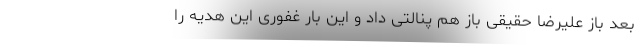
بعد باز علیرضا حقیقی باز هم پنالتی داد و این بار غفوری این هدیه را